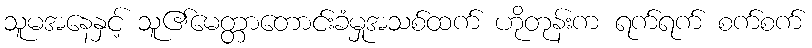
သူမအနေနှင့် သူ၏မေတ္တာတောင်းခံမှုအသစ်ထက် ဟိုတုန်းက ရက်ရက် စက်စက်